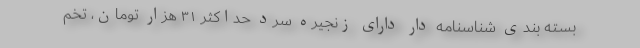
بسته بندی شناسنامه دار دارای زنجیره سرد حداکثر ۳۱ هزار تومان، تخم